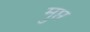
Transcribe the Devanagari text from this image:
मुप्त